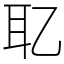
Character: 䎲